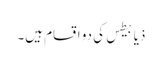
ذیابیطس کی دو اقسام ہیں۔